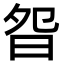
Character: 𣆌